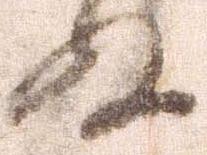
ぬ